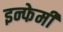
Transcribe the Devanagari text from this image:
इन्फेमी